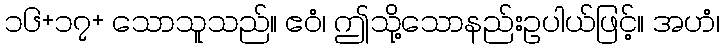
၁၆+၁၇+ သောသူသည်။ ဧဝံ၊ ဤသို့သောနည်းဥပါယ်ဖြင့်။ အဟံ၊